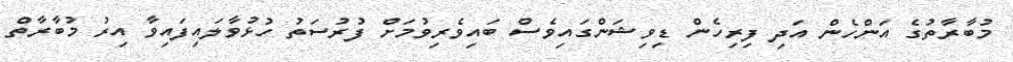
މުބާރާތުގެ އަންހެން އަދި ފިރިހެން ޑިވިޝަންގައިވެސް ބައިވެރިވުމަށް ފުރުސަތު ހުޅުވާލައިފައިވާ އިރު މުބާރާތް